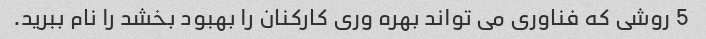
5 روشی که فناوری می تواند بهره وری کارکنان را بهبود بخشد را نام ببرید.